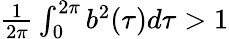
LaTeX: \begin{array}{r}{\frac{1}{2\pi}\int_{0}^{2\pi}b^{2}(\tau)d\tau>1}\end{array}